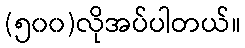
(၅၀၀)လိုအပ်ပါတယ်။